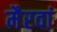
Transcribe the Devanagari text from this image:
मैरवां